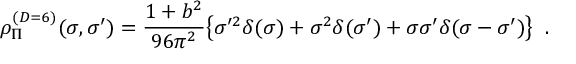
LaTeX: \rho _ { \Pi } ^ { ( D = 6 ) } ( \sigma , \sigma ^ { \prime } ) = { \frac { 1 + b ^ { 2 } } { 9 6 \pi ^ { 2 } } } \big \{ \sigma ^ { \prime 2 } \delta ( \sigma ) + \sigma ^ { 2 } \delta ( \sigma ^ { \prime } ) + \sigma \sigma ^ { \prime } \delta ( \sigma - \sigma ^ { \prime } ) \big \} \; \; .